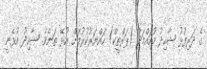
ގެ ދަރިފުޅު ޝާހިދު މުހައްމަދު (ޕަރްތީކް) ހައްޔަރުކުރުމަށް އުޅޭ ތަނެވެ. ޝާހިދު އުޅެނީ